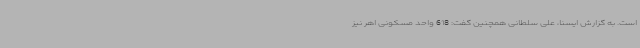
است. به گزارش ایسنا، علی سلطانی همچنین گفت: 618 واحد مسکونی اهر نیز